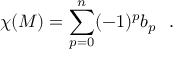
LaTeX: \chi ( M ) = \sum _ { p = 0 } ^ { n } ( - 1 ) ^ { p } b _ { p } \ \ .